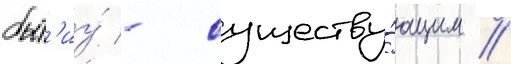
быт'иу́ - существу́ющим //